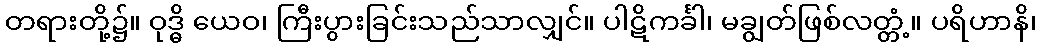
တရားတို့၌။ ဝုဒ္ဓိ ယေဝ၊ ကြီးပွားခြင်းသည်သာလျှင်။ ပါဋိကင်္ခါ၊ မချွတ်ဖြစ်လတ္တံ့။ ပရိဟာနိ၊